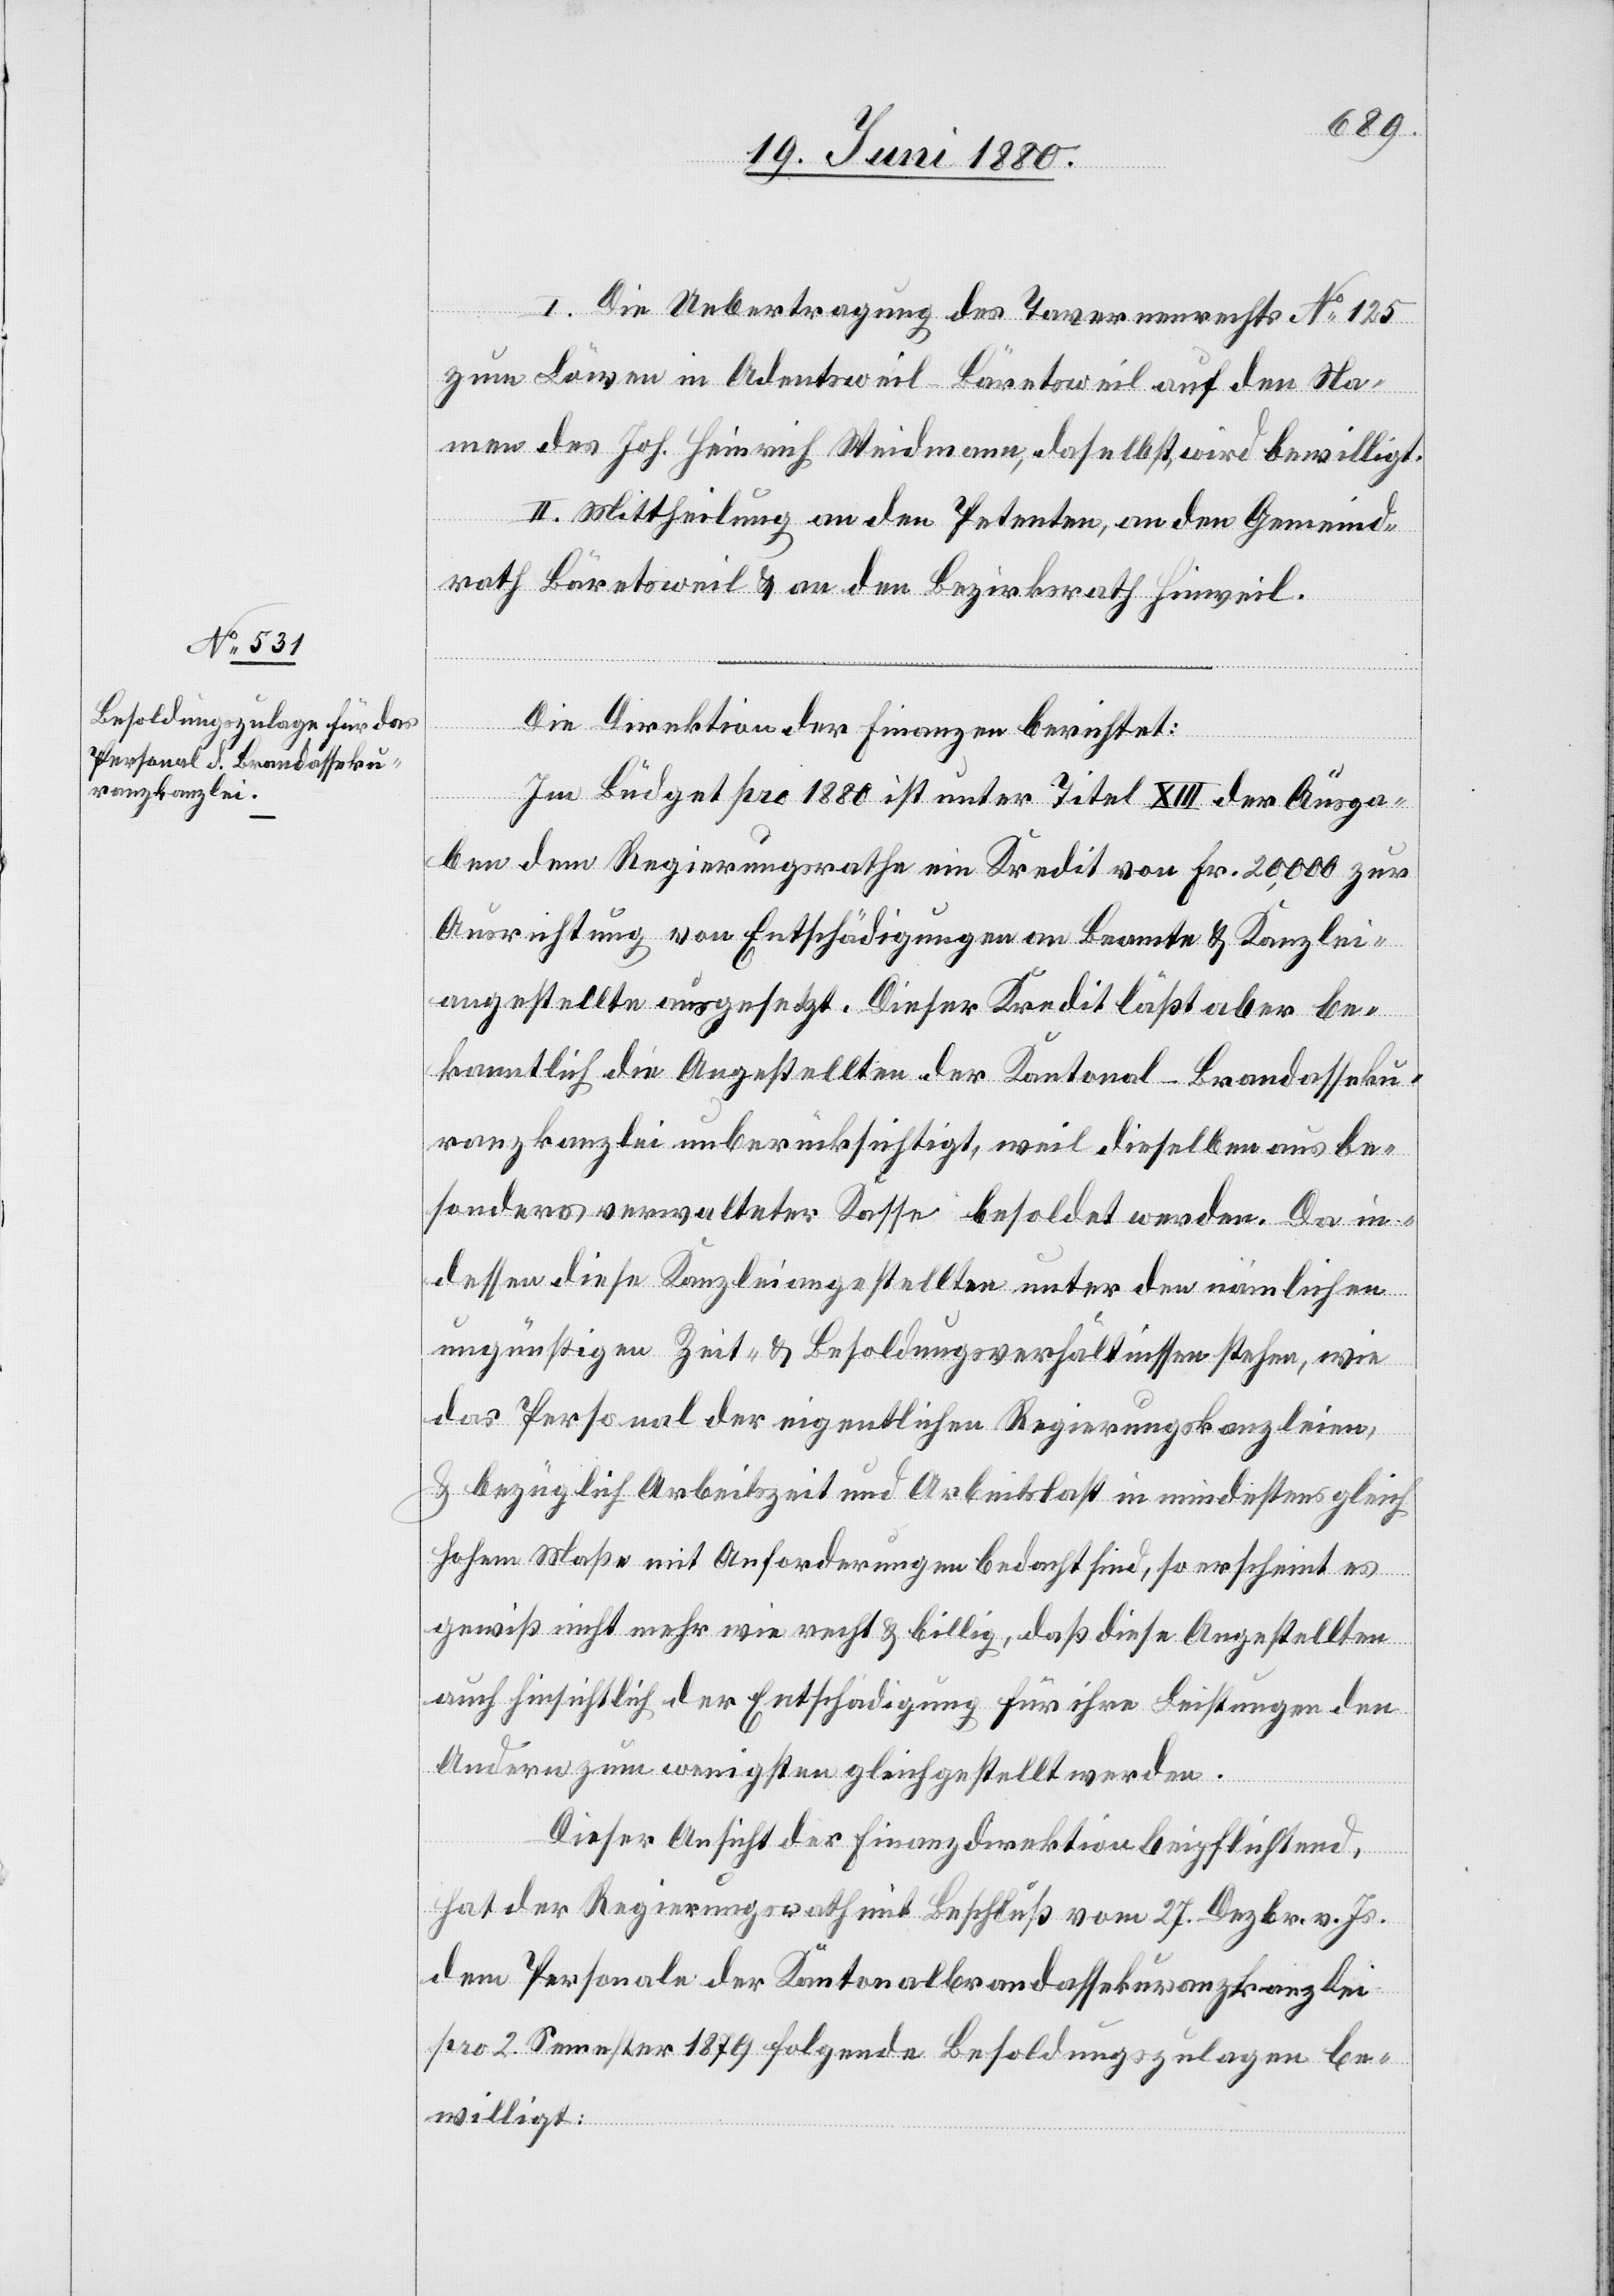
I. Die Uebertragung des Tavernenrechtes No 126
zum Löwen in Adentsweil - Bäretsweil auf den Na¬
men des Joh. Heinrich Weidmann, daselbst, wird bewilligt.
II. Mittheilung an den Petenten, an den Gemeind¬
rath Bäretsweil & an den Bezirksrath Hinweil.
Die Direktion der Finanzen berichtet:
Im Büdget pro 1880 ist unter Titel XIII der Ausga¬
ben dem Regierungsrathe ein Kredit von Fr. 20,000 zur
Ausrichtung von Entschädigungen an Beamte & Kanzlei¬
angestellte ausgesetzt. Dieser Kredit läßt aber be¬
kanntlich die Angestellten der Kantonal-Brandasseku¬
ranzkanzlei unberücksichtigt, weil dieselben aus be¬
sonders verwalteter Kasse besoldet werden. Da in¬
dessen diese Kanzleiangestellten unter den nämlichen
ungünstigen Zeit- & Besoldungsverhältnissen stehen, wie
das Personal der eigentlichen Regierungskanzleien,
& bezüglich Arbeitszeit und Arbeitslast in mindestens gleich
hohem Maße mit Anforderungen bedacht sind, so erscheint es
gewiß nicht mehr wie recht & billig, daß diese Angestellten
auch hinsichtlich der Entschädigung für ihre Leistungen den
Andern zum wenigsten gleichgestellt werden.
Dieser Ansicht der Finanzdirektion beipflichtend,
hat der Regierungsrath mit Beschluß vom 27. Dezbr. v. Js.
dem Personale der Kantonalbrandassekuranzkanzlei
pro 2 Semester 1879 folgende Besoldungszulagen be¬
willigt: